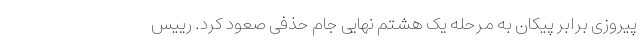
پیروزی برابر پیکان به مرحله یک‌ هشتم نهایی جام حذفی صعود کرد. رییس